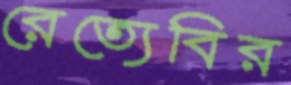
রেত্যেবির